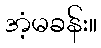
အံ့မခန်း။